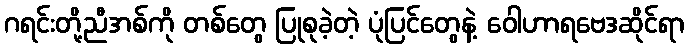
ဂရင်းတို့ညီအစ်ကို တစ်တွေ ပြုစုခဲ့တဲ့ ပုံပြင်တွေနဲ့ ဝေါဟာရဗေဒဆိုင်ရာ